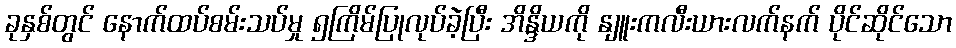
ခုနှစ်တွင် နောက်ထပ်စမ်းသပ်မှု ၅ကြိမ်ပြုလုပ်ခဲ့ပြီး အိန္ဒိယကို နျူးကလီးယားလက်နက် ပိုင်ဆိုင်သော